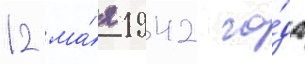
12 ма́я 1942 го́да